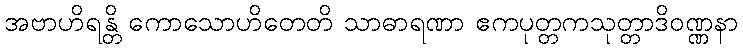
အဗာဟိရန္တိ ကောသောဟိတေတိ သာဓာရဏာ ဧကပုတ္တကသုတ္တာဒိဝဏ္ဏနာ